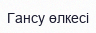
Гансу өлкесі